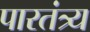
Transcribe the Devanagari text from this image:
पारतंत्र्य